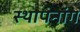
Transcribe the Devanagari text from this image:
स्थापनांग